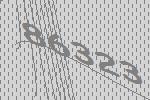
86323